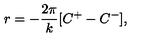
r = - \frac { 2 \pi } { k } [ C ^ { + } - C ^ { - } ] ,